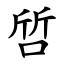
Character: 啠